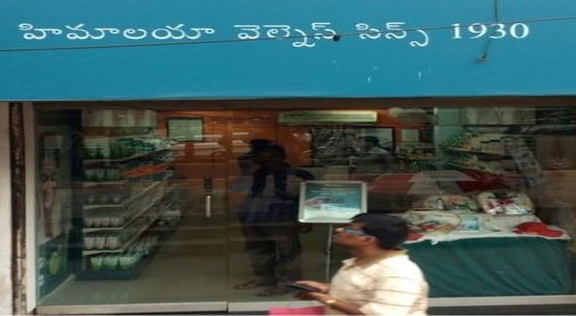
Language: telugu
Transcription: వెల్నేస్ హిమాలయా సిన్స్